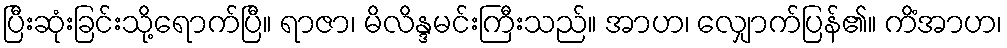
ပြီးဆုံးခြင်းသို့ရောက်ပြီ။ ရာဇာ၊ မိလိန္ဒမင်းကြီးသည်။ အာဟ၊ လျှောက်ပြန်၏။ ကိံအာဟ၊